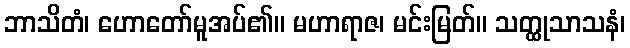
ဘာသိတံ၊ ဟောတော်မူအပ်၏။ မဟာရာဇ၊ မင်းမြတ်။ သတ္ထုသာသနံ၊